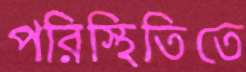
পরিস্থিতিতে